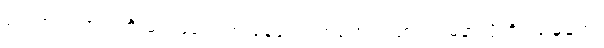
မင်းအကြောင်းကို မင်းမပြောဘဲ နေခဲ့ရင် တစ်ဘက်သားရဲ့ မနာလိုတိုရှည်မှုတွေ၊